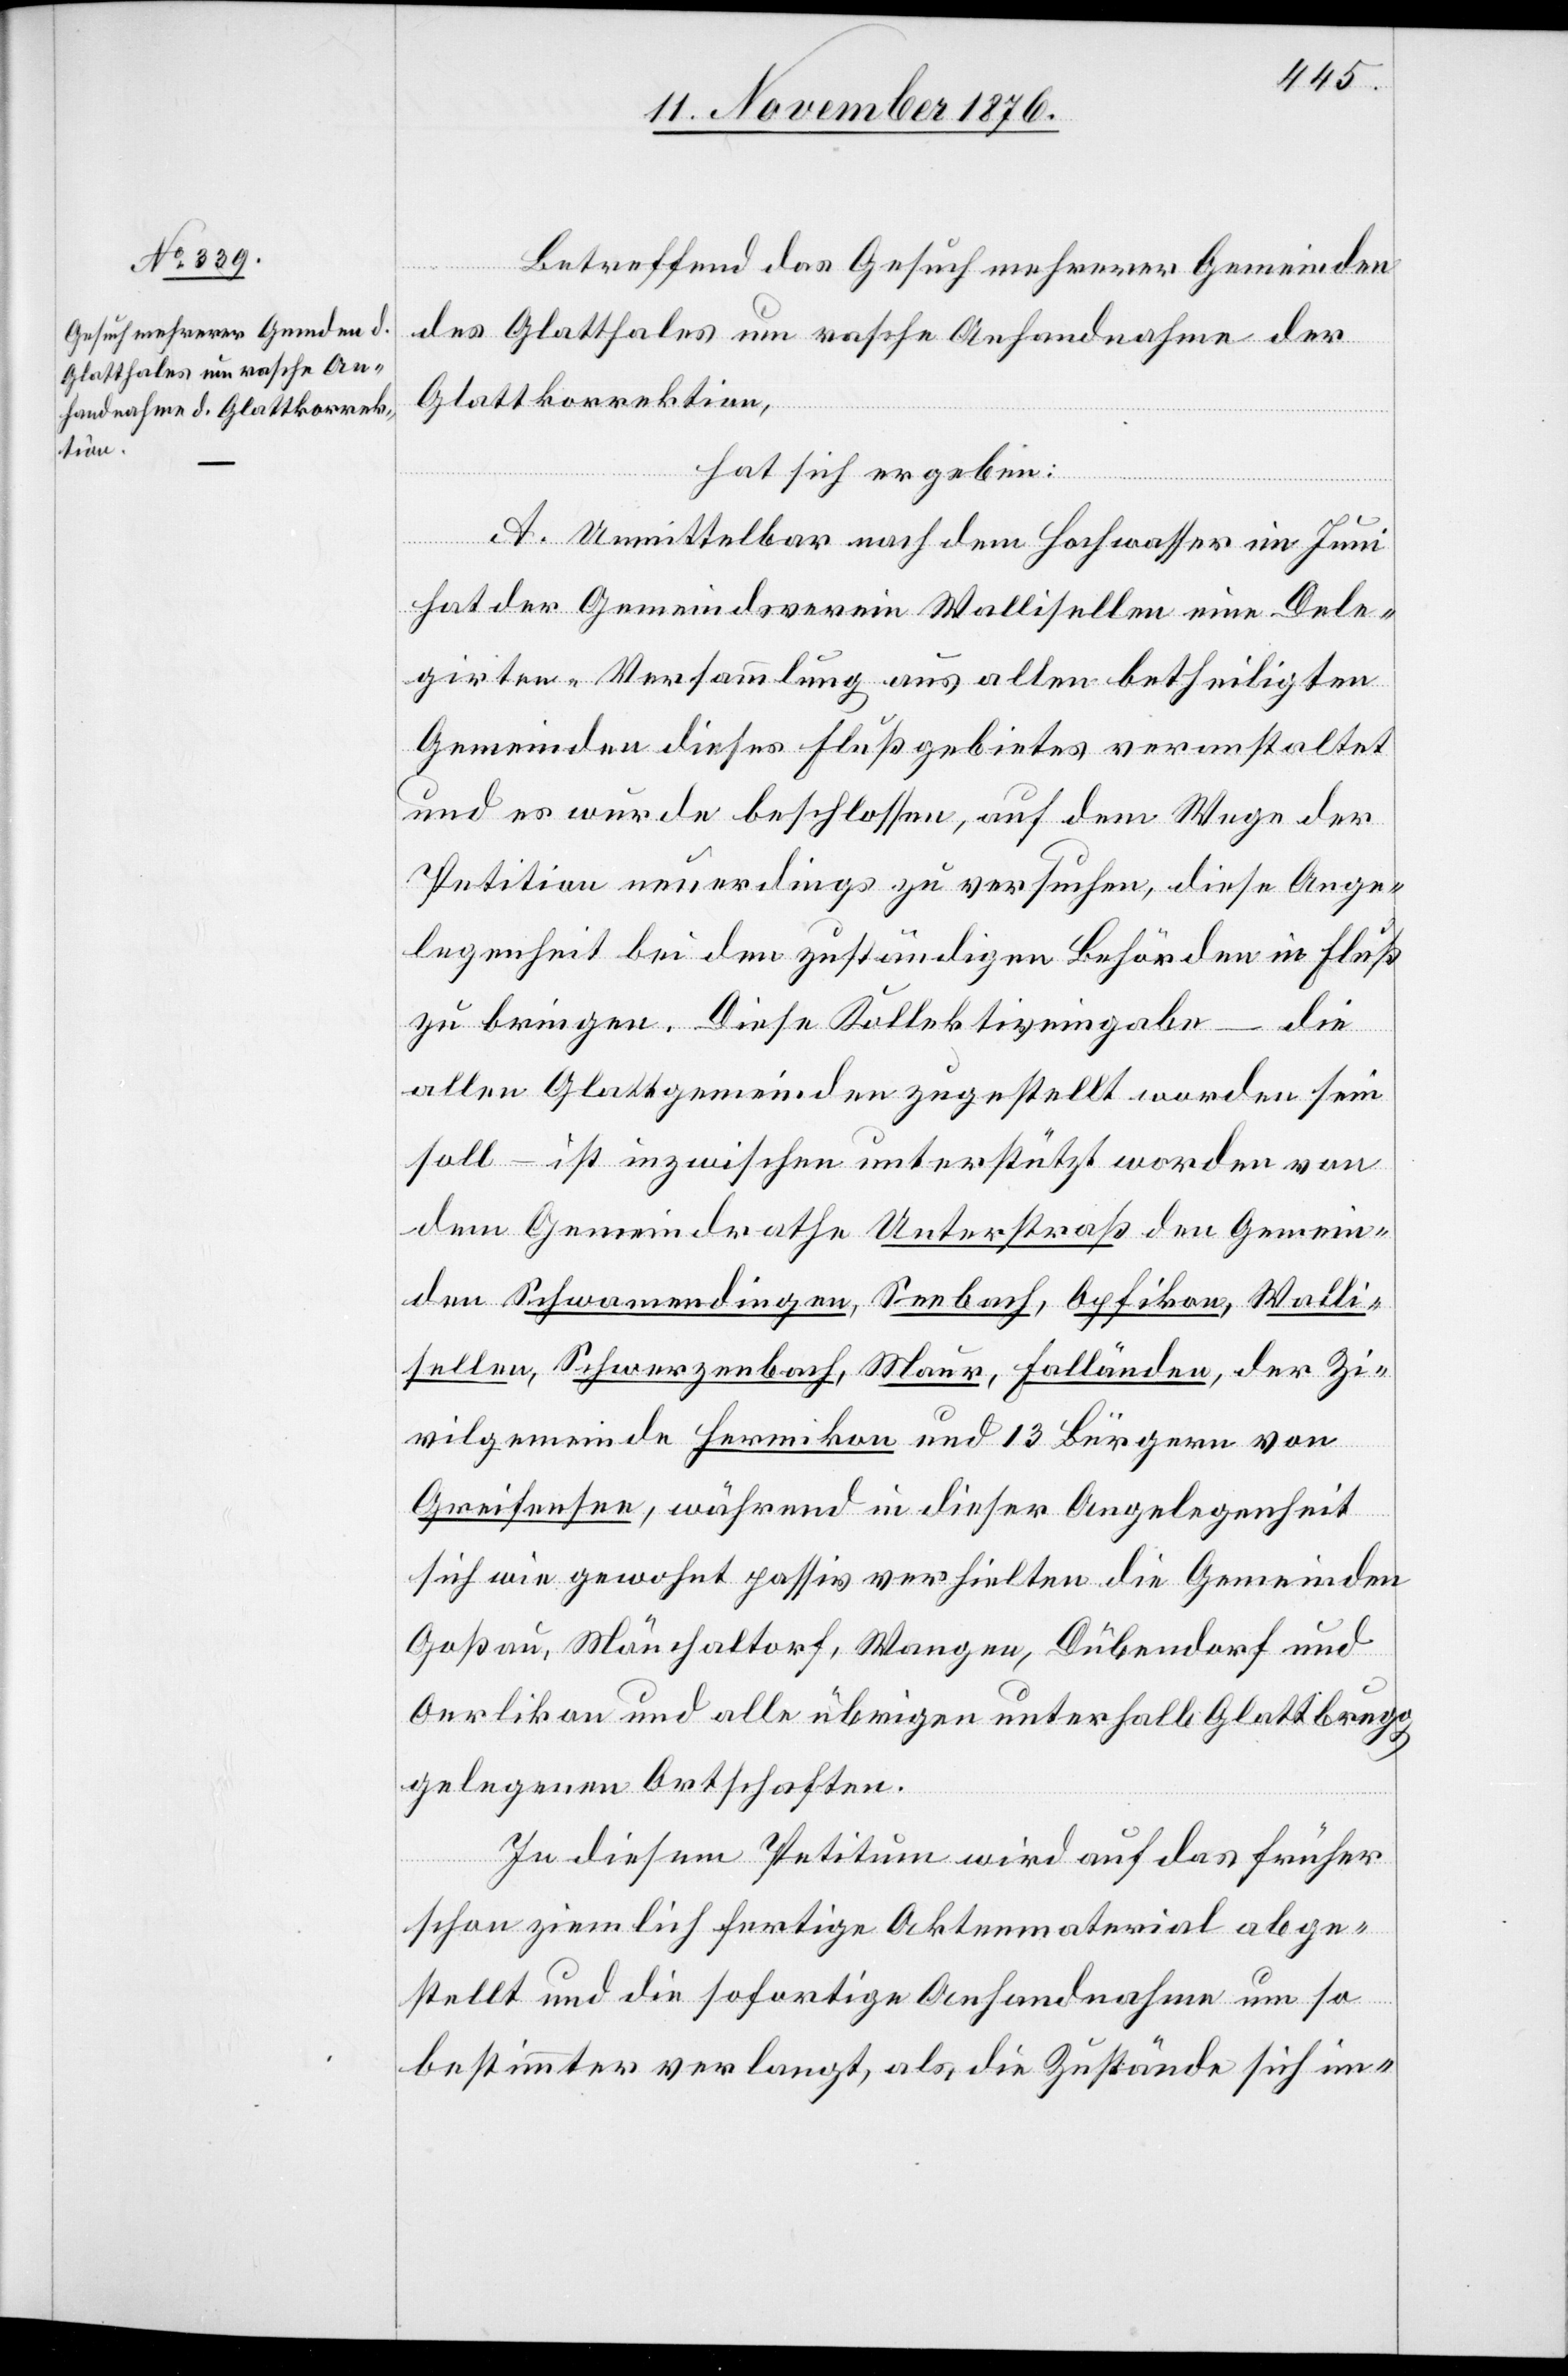
Betreffend das Gesuch mehrerer Gemeinden
des Glatthales um rasche Anhandnahme der
Glattkorrektion,
hat sich ergeben:
A. Unmittelbar nach dem Hochwasser im Juni
hat der Gemeindsverein Wallisellen eine Dele¬
girten-Versammlung aus allen betheiligten
Gemeinden dieses Flußgebietes veranstaltet
und es wurde beschlossen, auf dem Wege der
Petition neuerdings zu versuchen, diese Ange¬
legenheit bei den zuständigen Behörden in Fluß
zu bringen. Diese Kollektiveingabe – die
allen Glattgemeinden zugestellt worden sein
soll – ist inzwischen unterstützt worden von
dem Gemeindrathe Unterstraß den Gemein¬
den Schwamendingen, Seebach, Opfikon, Walli¬
sellen, Schwerzenbach, Maur, Fällanden, der Zi¬
vilgemeinde Hermikon und 13 Bürgern von
Greifensee, während in dieser Angelegenheit
sich wie gewohnt passiv verhielten die Gemeinden
Goßau, Mönchaltorf, Wangen, Dübendorf und
Oerlikon und alle übrigen unterhalb Glattbrugg
gelegenen Ortschaften.
In diesem Petitum wird auf das früher
schon ziemlich fertige Aktenmaterial abge¬
stellt und die sofortige Anhandnahme um so
bestimmter Verlangt, als die Zustände sich im-